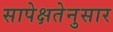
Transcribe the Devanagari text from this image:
सापेक्षतेनुसार